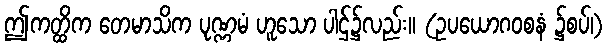
ဤကတ္ထိက တေမာသိက ပုဏ္ဏမံ ဟူသော ပါဌ်၌လည်း။ (ဥပယောဂဝစနံ ၌စပ်၊)